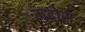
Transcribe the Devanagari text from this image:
मुद्रोस